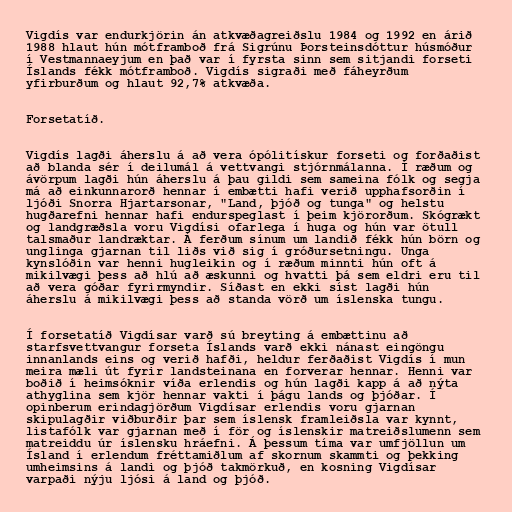
Vigdís var endurkjörin án atkvæðagreiðslu 1984 og 1992 en árið
1988 hlaut hún mótframboð frá Sigrúnu Þorsteinsdóttur húsmóður
í Vestmannaeyjum en það var í fyrsta sinn sem sitjandi forseti
Íslands fékk mótframboð. Vigdís sigraði með fáheyrðum
yfirburðum og hlaut 92,7% atkvæða.

Forsetatíð.

Vigdís lagði áherslu á að vera ópólitískur forseti og forðaðist
að blanda sér í deilumál á vettvangi stjórnmálanna. Í ræðum og
ávörpum lagði hún áherslu á þau gildi sem sameina fólk og segja
má að einkunnarorð hennar í embætti hafi verið upphafsorðin í
ljóði Snorra Hjartarsonar, "Land, þjóð og tunga" og helstu
hugðarefni hennar hafi endurspeglast í þeim kjörorðum. Skógrækt
og landgræðsla voru Vigdísi ofarlega í huga og hún var ötull
talsmaður landræktar. Á ferðum sínum um landið fékk hún börn og
unglinga gjarnan til liðs við sig í gróðursetningu. Unga
kynslóðin var henni hugleikin og í ræðum minnti hún oft á
mikilvægi þess að hlú að æskunni og hvatti þá sem eldri eru til
að vera góðar fyrirmyndir. Síðast en ekki síst lagði hún
áherslu á mikilvægi þess að standa vörð um íslenska tungu.

Í forsetatíð Vigdísar varð sú breyting á embættinu að
starfsvettvangur forseta Íslands varð ekki nánast eingöngu
innanlands eins og verið hafði, heldur ferðaðist Vigdís í mun
meira mæli út fyrir landsteinana en forverar hennar. Henni var
boðið í heimsóknir víða erlendis og hún lagði kapp á að nýta
athyglina sem kjör hennar vakti í þágu lands og þjóðar. Í
opinberum erindagjörðum Vigdísar erlendis voru gjarnan
skipulagðir viðburðir þar sem íslensk framleiðsla var kynnt,
listafólk var gjarnan með í för og íslenskir matreiðslumenn sem
matreiddu úr íslensku hráefni. Á þessum tíma var umfjöllun um
Ísland í erlendum fréttamiðlum af skornum skammti og þekking
umheimsins á landi og þjóð takmörkuð, en kosning Vigdísar
varpaði nýju ljósi á land og þjóð.